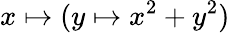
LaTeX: x\mapsto(y\mapsto x^{2}+y^{2})